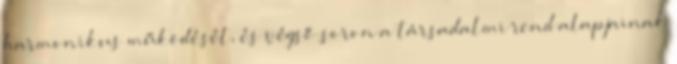
harmonikus működését, és végső soron a társadalmi rend alapjainak